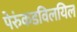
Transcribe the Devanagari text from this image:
पेरुंकडविलयिल